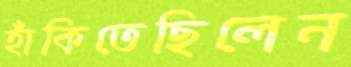
হাঁকিতেছিলেন